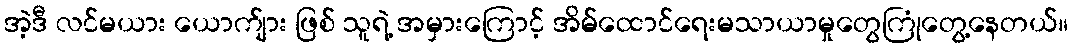
အဲ့ဒီ လင်မယား ယောက်ျား ဖြစ် သူရဲ့ အမှားကြောင့် အိမ်ထောင်ရေးမသာယာမှုတွေကြုံတွေ့နေတယ်။